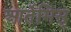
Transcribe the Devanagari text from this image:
आर्तेमिस्‌